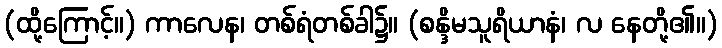
(ထို့ကြောင့်။) ကာလေန၊ တစ်ရံတစ်ခါ၌။ (စန္ဒိမသူရိယာနံ၊ လ နေတို့၏။)